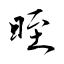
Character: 晊